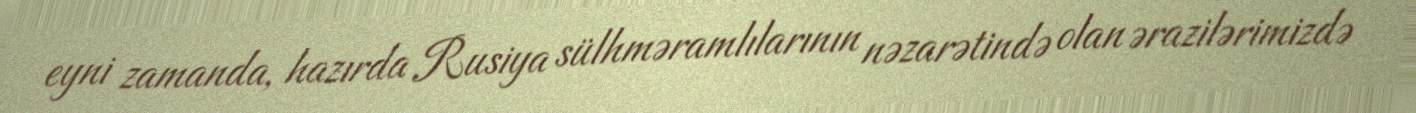
eyni zamanda, hazırda Rusiya sülhməramlılarının nəzarətində olan ərazilərimizdə